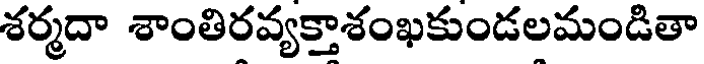
శర్మదా శాంతిరవ్యక్తాశంఖకుండలమండితా